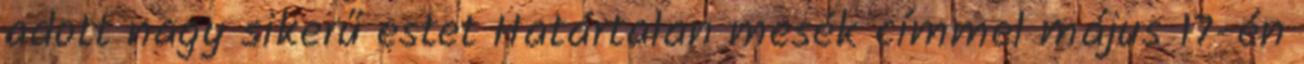
adott nagy sikerű estet Határtalan mesék címmel május 17-én